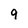
Character: 9